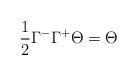
LaTeX: \begin{align*}\frac{1}{2}\Gamma ^{-}\Gamma ^{+}\Theta =\Theta\end{align*}